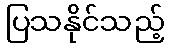
ပြသနိုင်သည့်